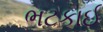
ભટકાઈ